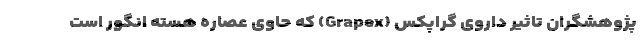
پژوهشگران تاثیر داروی گراپکس (Grapex) که حاوی عصاره هسته انگور است